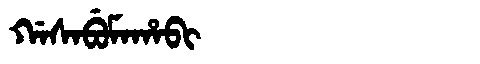
Manchu: ᡤᠠᠰᠠᠪᡠᠮᠠᡥᠠᠪᡳ
Romanization: GASABUMAHABI